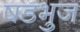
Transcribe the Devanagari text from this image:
षडभुज